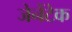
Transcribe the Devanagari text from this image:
जेनेंटेक